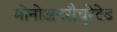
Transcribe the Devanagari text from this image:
मोनोअनसैचुरेटेड